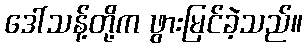
ဒေါ်သန့်တို့က ဖွားမြင်ခဲ့သည်။